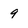
Character: 9